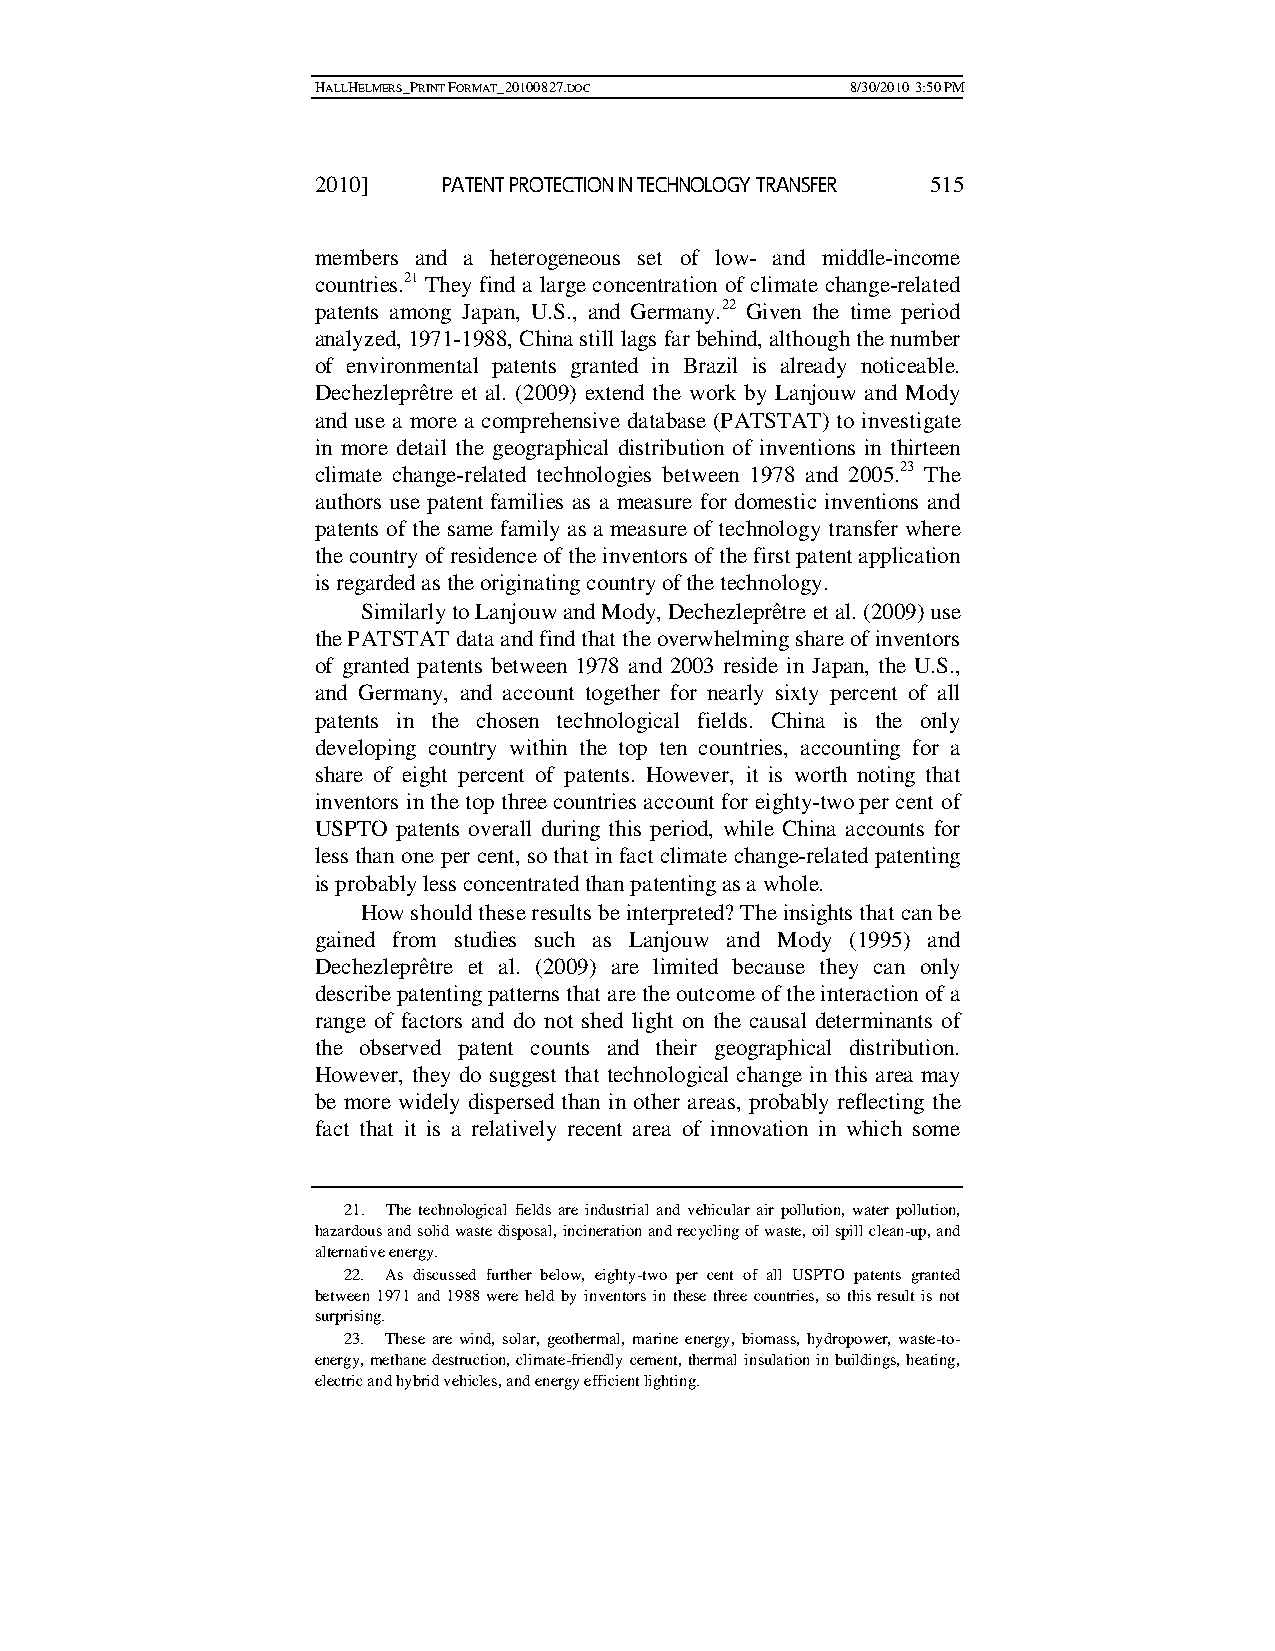
HALLHELMERS_PRINT FORMAT_20100827.DOC 8/30/2010 3:50 PM
 2010]   PATENT PROTECTION IN TECHNOLOGY TRANSFER 515
 members and a heterogeneous set of low- and middle-income
 countries.21 They find a large concentration of climate change-related
 patents among Japan, U.S., and Germany.22 Given the time period
 analyzed, 1971-1988, China still lags far behind, although the number
 of environmental patents granted in Brazil is already noticeable.
 Dechezleprêtre et al. (2009) extend the work by Lanjouw and Mody
 and use a more a comprehensive database (PATSTAT) to investigate
 in more detail the geographical distribution of inventions in thirteen
 climate change-related technologies between 1978 and 2005.23 The
 authors use patent families as a measure for domestic inventions and
 patents of the same family as a measure of technology transfer where
 the country of residence of the inventors of the first patent application
 is regarded as the originating country of the technology.
 Similarly to Lanjouw and Mody, Dechezleprêtre et al. (2009) use
 the PATSTAT data and find that the overwhelming share of inventors
 of granted patents between 1978 and 2003 reside in Japan, the U.S.,
 and Germany, and account together for nearly sixty percent of all
 patents in the chosen technological fields. China is the only
 developing country within the top ten countries, accounting for a
 share of eight percent of patents. However, it is worth noting that
 inventors in the top three countries account for eighty-two per cent of
 USPTO patents overall during this period, while China accounts for
 less than one per cent, so that in fact climate change-related patenting
 is probably less concentrated than patenting as a whole.
 How should these results be interpreted? The insights that can be
 gained from studies such as Lanjouw and Mody (1995) and
 Dechezleprêtre et al. (2009) are limited because they can only
 describe patenting patterns that are the outcome of the interaction of a
 range of factors and do not shed light on the causal determinants of
 the observed patent counts and their geographical distribution.
 However, they do suggest that technological change in this area may
 be more widely dispersed than in other areas, probably reflecting the
 fact that it is a relatively recent area of innovation in which some
 21. The technological fields are industrial and vehicular air pollution, water pollution,
 hazardous and solid waste disposal, incineration and recycling of waste, oil spill clean-up, and
 alternative energy.
 22. As discussed further below, eighty-two per cent of all USPTO patents granted
 between 1971 and 1988 were held by inventors in these three countries, so this result is not
 surprising.
 23. These are wind, solar, geothermal, marine energy, biomass, hydropower, waste-to-
 energy, methane destruction, climate-friendly cement, thermal insulation in buildings, heating,
 electric and hybrid vehicles, and energy efficient lighting.